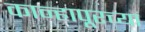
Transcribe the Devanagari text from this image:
कान्हापूरच्या